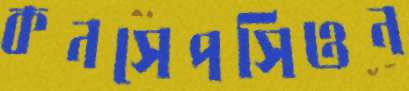
কনসেপসিওন